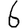
Digit: 6